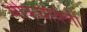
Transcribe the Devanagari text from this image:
मेकियेविली